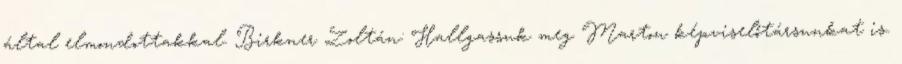
által elmondottakkal. Birkner Zoltán: Hallgassuk meg Marton képviselőtársunkat is.